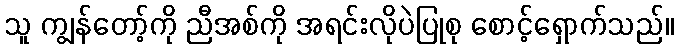
သူ ကျွန်တော့်ကို ညီအစ်ကို အရင်းလိုပဲပြုစု စောင့်ရှောက်သည်။